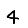
Digit: 4